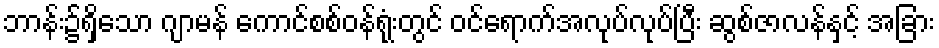
ဘာန်း၌ရှိသော ဂျာမန် ကောင်စစ်ဝန်ရုံးတွင် ဝင်ရောက်အလုပ်လုပ်ပြီး ဆွစ်ဇာလန်နှင့် အခြား